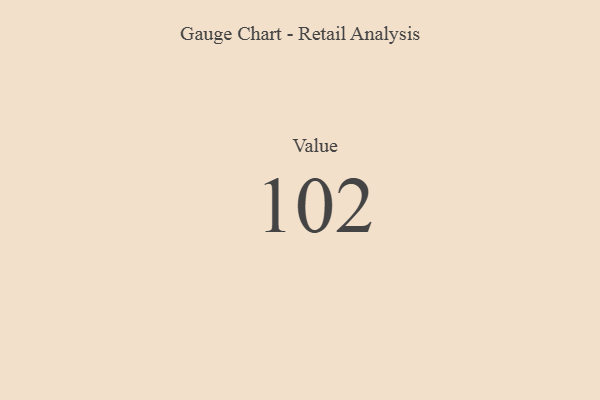
{"axis": {"x": "Metric", "y": "Value"}, "legend": [""], "data": [{"x": "Value", "y": 102, "type": ""}]}